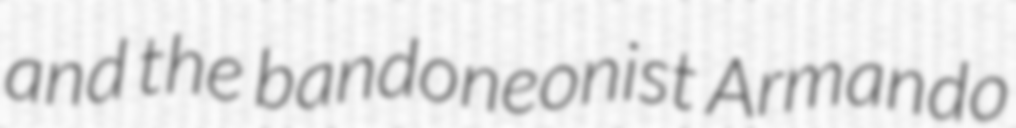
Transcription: and the bandoneonist Armando